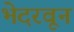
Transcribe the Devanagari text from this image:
भेदरवून